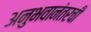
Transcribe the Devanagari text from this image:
अनुभवानंतरची